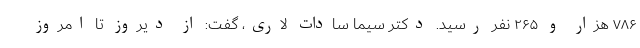
۷۸۶ هزار و ۲۶۵ نفر رسید. دکتر سیما سادات لاری، گفت: از دیروز تا امروز